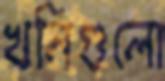
খনিগুলো